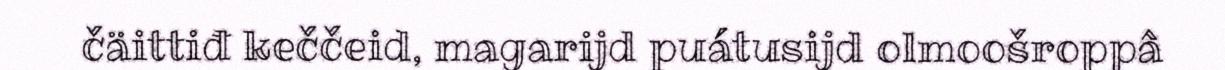
čäittiđ keččeid, magarijd puátusijd olmoošroppâ